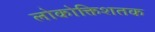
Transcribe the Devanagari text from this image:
लोकोक्तिशतक